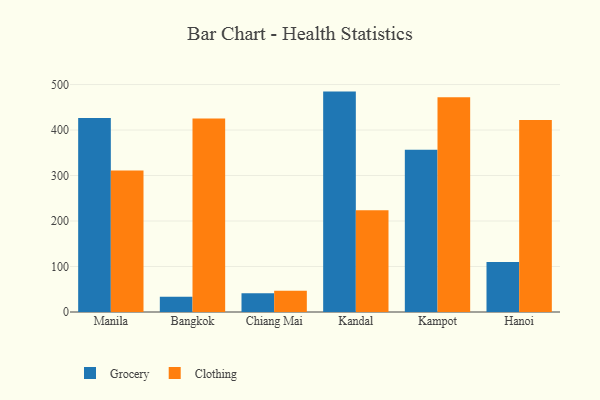
{"axis": {"x": "City", "y": "Population (Million)"}, "legend": ["Clothing", "Grocery"], "data": [{"x": "Manila", "y": 426.4, "type": "Grocery"}, {"x": "Manila", "y": 311.0, "type": "Clothing"}, {"x": "Bangkok", "y": 33.6, "type": "Grocery"}, {"x": "Bangkok", "y": 425.3, "type": "Clothing"}, {"x": "Chiang Mai", "y": 41.4, "type": "Grocery"}, {"x": "Chiang Mai", "y": 46.6, "type": "Clothing"}, {"x": "Kandal", "y": 484.5, "type": "Grocery"}, {"x": "Kandal", "y": 223.9, "type": "Clothing"}, {"x": "Kampot", "y": 356.7, "type": "Grocery"}, {"x": "Kampot", "y": 472.2, "type": "Clothing"}, {"x": "Hanoi", "y": 109.7, "type": "Grocery"}, {"x": "Hanoi", "y": 422.2, "type": "Clothing"}]}